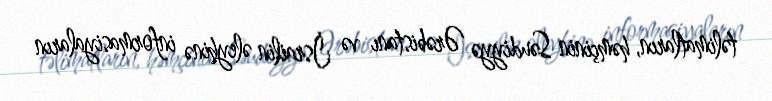
təlimatların, həmçinin Səudiyyə Ərəbistanı və İsrailin əleyhinə informasiyaların